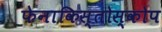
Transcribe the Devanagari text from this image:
फेनाकिस्तोस्कोप